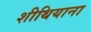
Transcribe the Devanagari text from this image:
शीथियाना